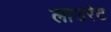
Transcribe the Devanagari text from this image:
लाउरेट